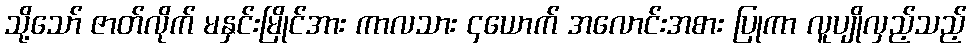
သို့သော် ဇာတ်လိုက် မနှင်းမြိုင်အား ကာလသား ၄ယောက် အလောင်းအစား ပြုကာ လူပျိုလှည့်သည့်